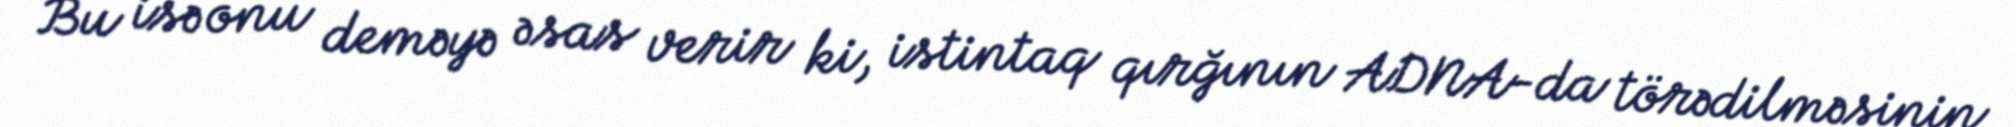
Bu isə onu deməyə əsas verir ki, istintaq qırğının ADNA-da törədilməsinin